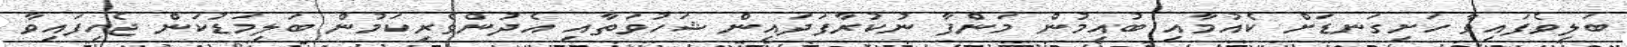
ބަލިވެފައިވާ ހަށިގަނޑަށް ކެއުމާއި ބުއިމުން މަންފާ ނުކުރާފަދައިން ޝަހުވަތާއި އެދުންވެރިކަމުން ބަލިމަޑުކަން ޖެހިފައިވާ